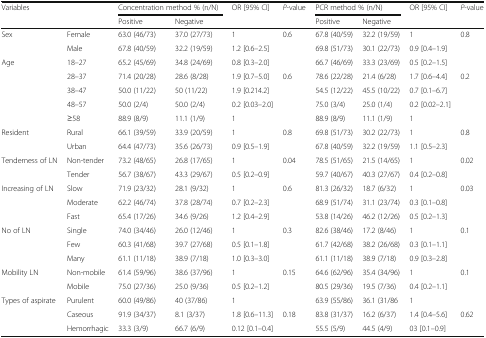
<table><thead><tr><td rowspan="2" colspan="2"><b>Variables</b></td><td colspan="2"><b>Concentration method % (n/N)</b></td><td rowspan="2"><b>OR [95% CI]</b></td><td rowspan="2"><b><i>P</i>-value</b></td><td colspan="2"><b>PCR method % (n/N)</b></td><td rowspan="2"><b>OR [95% CI]</b></td><td rowspan="2"><b><i>P</i>-value</b></td></tr><tr><td><b>Positive</b></td><td><b>Negative</b></td><td><b>Positive</b></td><td><b>Negative</b></td></tr></thead><tbody><tr><td rowspan="2">Sex</td><td>Female</td><td>63.0 (46/73)</td><td>37.0 (27/73)</td><td>1</td><td>0.6</td><td>67.8 (40/59)</td><td>32.2 (19/59)</td><td>1</td><td>0.8</td></tr><tr><td>Male</td><td>67.8 (40/59)</td><td>32.2 (19/59)</td><td>1.2 [0.6–2.5]</td><td></td><td>69.8 (51/73)</td><td>30.1 (22/73)</td><td>0.9 [0.4–1.9]</td><td></td></tr><tr><td rowspan="5">Age</td><td>18–27</td><td>65.2 (45/69)</td><td>34.8 (24/69)</td><td>0.8 [0.3–2.0]</td><td></td><td>66.7 (46/69)</td><td>33.3 (23/69)</td><td>0.5 [0.2–1.5]</td><td></td></tr><tr><td>28–37</td><td>71.4 (20/28)</td><td>28.6 (8/28)</td><td>1.9 [0.7–5.0]</td><td>0.6</td><td>78.6 (22/28)</td><td>21.4 (6/28)</td><td>1.7 [0.6–4.4]</td><td>0.2</td></tr><tr><td>38–47</td><td>50.0 (11/22)</td><td>50 (11/22)</td><td>1.9 [0.214.2]</td><td></td><td>54.5 (12/22)</td><td>45.5 (10/22)</td><td>0.7 [0.1–6.7]</td><td></td></tr><tr><td>48–57</td><td>50.0 (2/4)</td><td>50.0 (2/4)</td><td>0.2 [0.03–2.0]</td><td></td><td>75.0 (3/4)</td><td>25.0 (1/4)</td><td>0.2 [0.02–2.1]</td><td></td></tr><tr><td>≥58</td><td>88.9 (8/9)</td><td>11.1 (1/9)</td><td>1</td><td></td><td>88.9 (8/9)</td><td>11.1 (1/9)</td><td>1</td><td></td></tr><tr><td rowspan="2">Resident</td><td>Rural</td><td>66.1 (39/59)</td><td>33.9 (20/59)</td><td>1</td><td>0.8</td><td>69.8 (51/73)</td><td>30.2 (22/73)</td><td>1</td><td>0.8</td></tr><tr><td>Urban</td><td>64.4 (47/73)</td><td>35.6 (26/73)</td><td>0.9 [0.5–1.9]</td><td></td><td>67.8 (40/59)</td><td>32.2 (19/59)</td><td>1.1 [0.5–2.3]</td><td></td></tr><tr><td rowspan="2">Tenderness of LN</td><td>Non-tender</td><td>73.2 (48/65)</td><td>26.8 (17/65)</td><td>1</td><td>0.04</td><td>78.5 (51/65)</td><td>21.5 (14/65)</td><td>1</td><td>0.02</td></tr><tr><td>Tender</td><td>56.7 (38/67)</td><td>43.3 (29/67)</td><td>0.5 [0.2–0.9]</td><td></td><td>59.7 (40/67)</td><td>40.3 (27/67)</td><td>0.4 [0.2–0.8]</td><td></td></tr><tr><td rowspan="3">Increasing of LN</td><td>Slow</td><td>71.9 (23/32)</td><td>28.1 (9/32)</td><td>1</td><td>0.6</td><td>81.3 (26/32)</td><td>18.7 (6/32)</td><td>1</td><td>0.03</td></tr><tr><td>Moderate</td><td>62.2 (46/74)</td><td>37.8 (28/74)</td><td>0.7 [0.2–2.3]</td><td></td><td>68.9 (51/74)</td><td>31.1 (23/74)</td><td>0.3 [0.1–0.8]</td><td></td></tr><tr><td>Fast</td><td>65.4 (17/26)</td><td>34.6 (9/26)</td><td>1.2 [0.4–2.9]</td><td></td><td>53.8 (14/26)</td><td>46.2 (12/26)</td><td>0.5 [0.2–1.3]</td><td></td></tr><tr><td rowspan="3">No of LN</td><td>Single</td><td>74.0 (34/46)</td><td>26.0 (12/46)</td><td>1</td><td>0.3</td><td>82.6 (38/46)</td><td>17.2 (8/46)</td><td>1</td><td>0.1</td></tr><tr><td>Few</td><td>60.3 (41/68)</td><td>39.7 (27/68)</td><td>0.5 [0.1–1.8]</td><td></td><td>61.7 (42/68)</td><td>38.2 (26/68)</td><td>0.3 [0.1–1.1]</td><td></td></tr><tr><td>Many</td><td>61.1 (11/18)</td><td>38.9 (7/18)</td><td>1.0 [0.3–3.0]</td><td></td><td>61.1 (11/18)</td><td>38.9 (7/18)</td><td>0.9 [0.3–2.8]</td><td></td></tr><tr><td rowspan="2">Mobility LN</td><td>Non-mobile</td><td>61.4 (59/96)</td><td>38.6 (37/96)</td><td>1</td><td>0.15</td><td>64.6 (62/96)</td><td>35.4 (34/96)</td><td>1</td><td>0.1</td></tr><tr><td>Mobile</td><td>75.0 (27/36)</td><td>25.0 (9/36)</td><td>0.5 [0.2–1.2]</td><td></td><td>80.5 (29/36)</td><td>19.5 (7/36)</td><td>0.4 [0.2–1.1]</td><td></td></tr><tr><td rowspan="3">Types of aspirate</td><td>Purulent</td><td>60.0 (49/86)</td><td>40 (37/86)</td><td>1</td><td></td><td>63.9 (55/86)</td><td>36.1 (31/86</td><td>1</td><td></td></tr><tr><td>Caseous</td><td>91.9 (34/37)</td><td>8.1 (3/37)</td><td>1.8 [0.6–11.3]</td><td>0.18</td><td>83.8 (31/37)</td><td>16.2 (6/37)</td><td>1.4 [0.4–5.6]</td><td>0.62</td></tr><tr><td>Hemorrhagic</td><td>33.3 (3/9)</td><td>66.7 (6/9)</td><td>0.12 [0.1–0.4]</td><td></td><td>55.5 (5/9)</td><td>44.5 (4/9)</td><td>03 [0.1–0.9]</td><td></td></tr></tbody></table>